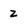
Character: Z